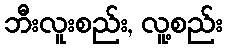
ဘီးလူးစည်း, လူ့စည်း